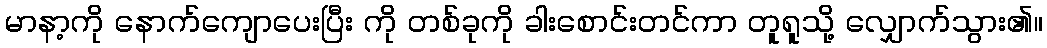
မာနာ့ကို နောက်ကျောပေးပြီး ကို တစ်ခုကို ခါးစောင်းတင်ကာ တူရူသို့ လျှောက်သွား၏။